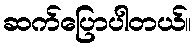
ဆက်ပြောပါတယ်။